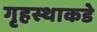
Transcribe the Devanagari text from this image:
गृहस्थाकडे